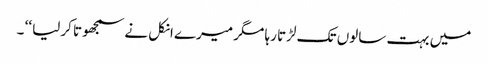
میں بہت سالوں تک لڑتا رہا مگر میرے انکل نے سمجھوتا کرلیا ‘‘ ۔